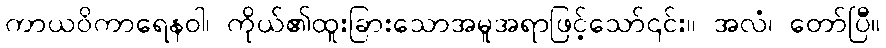
ကာယဝိကာရေနဝါ၊ ကိုယ်၏ထူးခြားသောအမူအရာဖြင့်သော်၎င်း။ အလံ၊ တော်ပြီ။